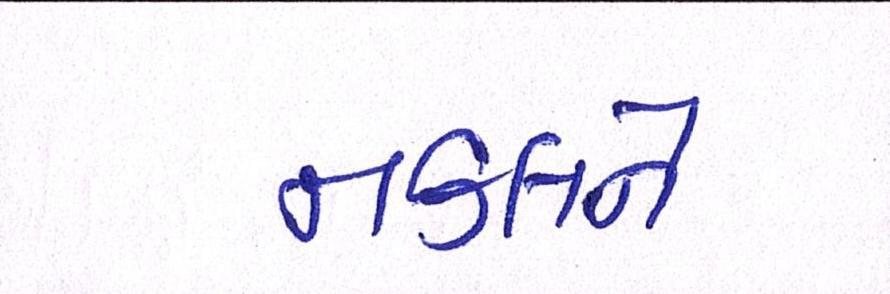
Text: નકલને